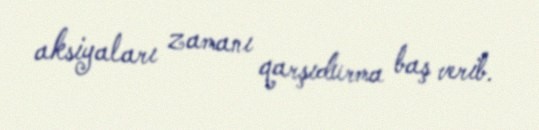
aksiyaları zamanı qarşıdurma baş verib.